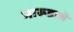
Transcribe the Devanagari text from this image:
भारूडाचे